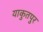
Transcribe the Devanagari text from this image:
याकुतपुर